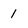
Character: 1